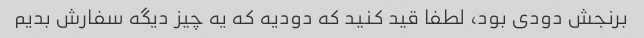
برنجش دودی بود، لطفا قید کنید که دودیه که یه چیز دیگه سفارش بدیم